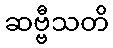
ဆဗ္ဗီသတိ